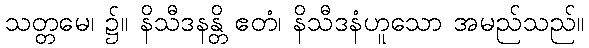
သတ္တမေ၊ ၌။ နိသီဒနန္တိ ဧတံ၊ နိသီဒနံဟူသော အမည်သည်။